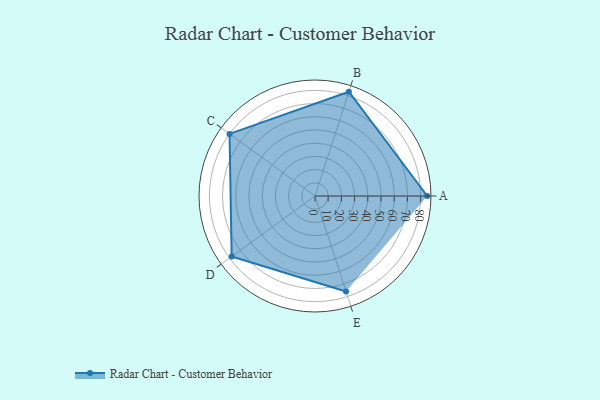
{"axis": {"x": "Skill", "y": "Score"}, "legend": ["Profile"], "data": [{"x": "A", "y": 85.0, "type": "Profile"}, {"x": "B", "y": 83.0, "type": "Profile"}, {"x": "C", "y": 80.0, "type": "Profile"}, {"x": "D", "y": 78.0, "type": "Profile"}, {"x": "E", "y": 76.0, "type": "Profile"}]}